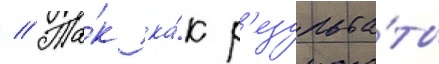
// Та́к ка́к р'езульта́ты